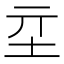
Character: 𡉝